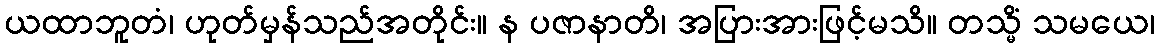
ယထာဘူတံ၊ ဟုတ်မှန်သည်အတိုင်း။ န ပဇာနာတိ၊ အပြားအားဖြင့်မသိ။ တသ္မိံ သမယေ၊